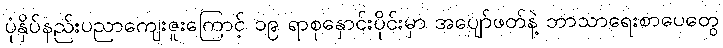
ပုံနှိပ်နည်းပညာကျေးဇူးကြောင့် ၁၉ ရာစုနှောင်းပိုင်းမှာ အပျော်ဖတ်နဲ့ ဘာသာရေးစာပေတွေ